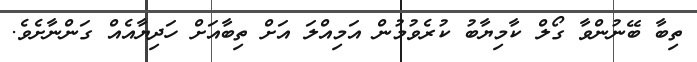
ތިބާ ބޭނުންވާ ގޯލް ކާމިޔާބު ކުރެވުމުން އަމިއްލަ އަށް ތިބާއަށް ހަދިޔާއެއް ގަންނާށެވެ.